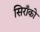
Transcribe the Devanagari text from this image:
सिराँको